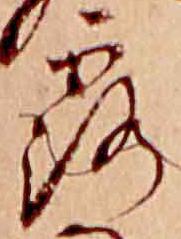
露